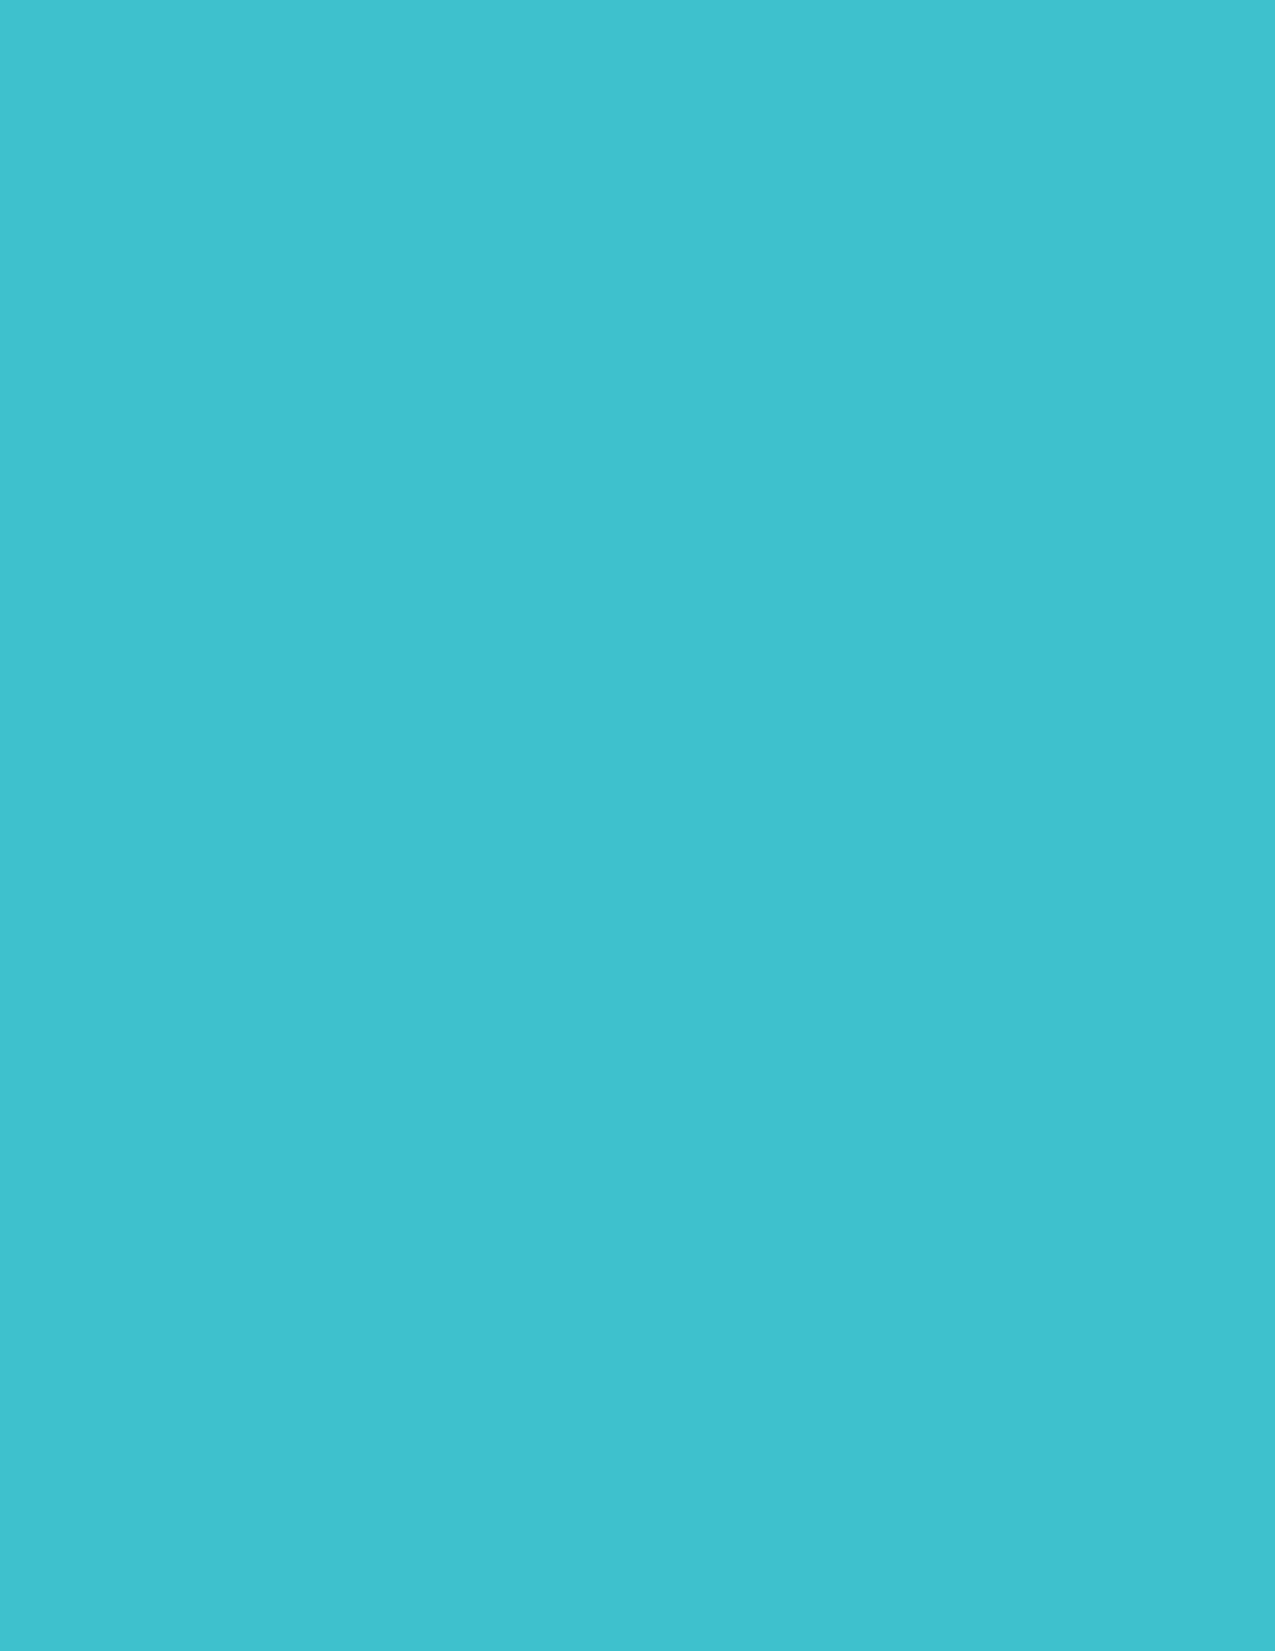
LLaayyeerr 44
 RREESSIILLIIEENNTT
 IINNFFRRAASSTTRRUUCCTTUURREE
 116 City of Boston: Climate Ready Boston                   Climate Resilience Initiatives 117